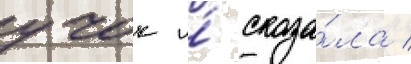
учок и́ сказа́ла /